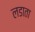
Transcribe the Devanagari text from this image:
लडाता